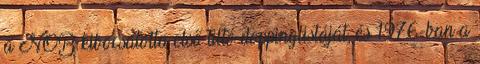
a NOB kibocsátotta első tiltó doppinglistáját, és 1976-ban a